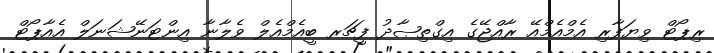
ރިޕޯޓް ވިޔަފާރި އެމްއެމްއޭ ރާއްޖޭގެ އިގްތިޞާދު ފީޗަރ ބީއެމްއެލް ވެލާނާ އިންޓަނޭޝަނަލް އެއާޕޯޓް